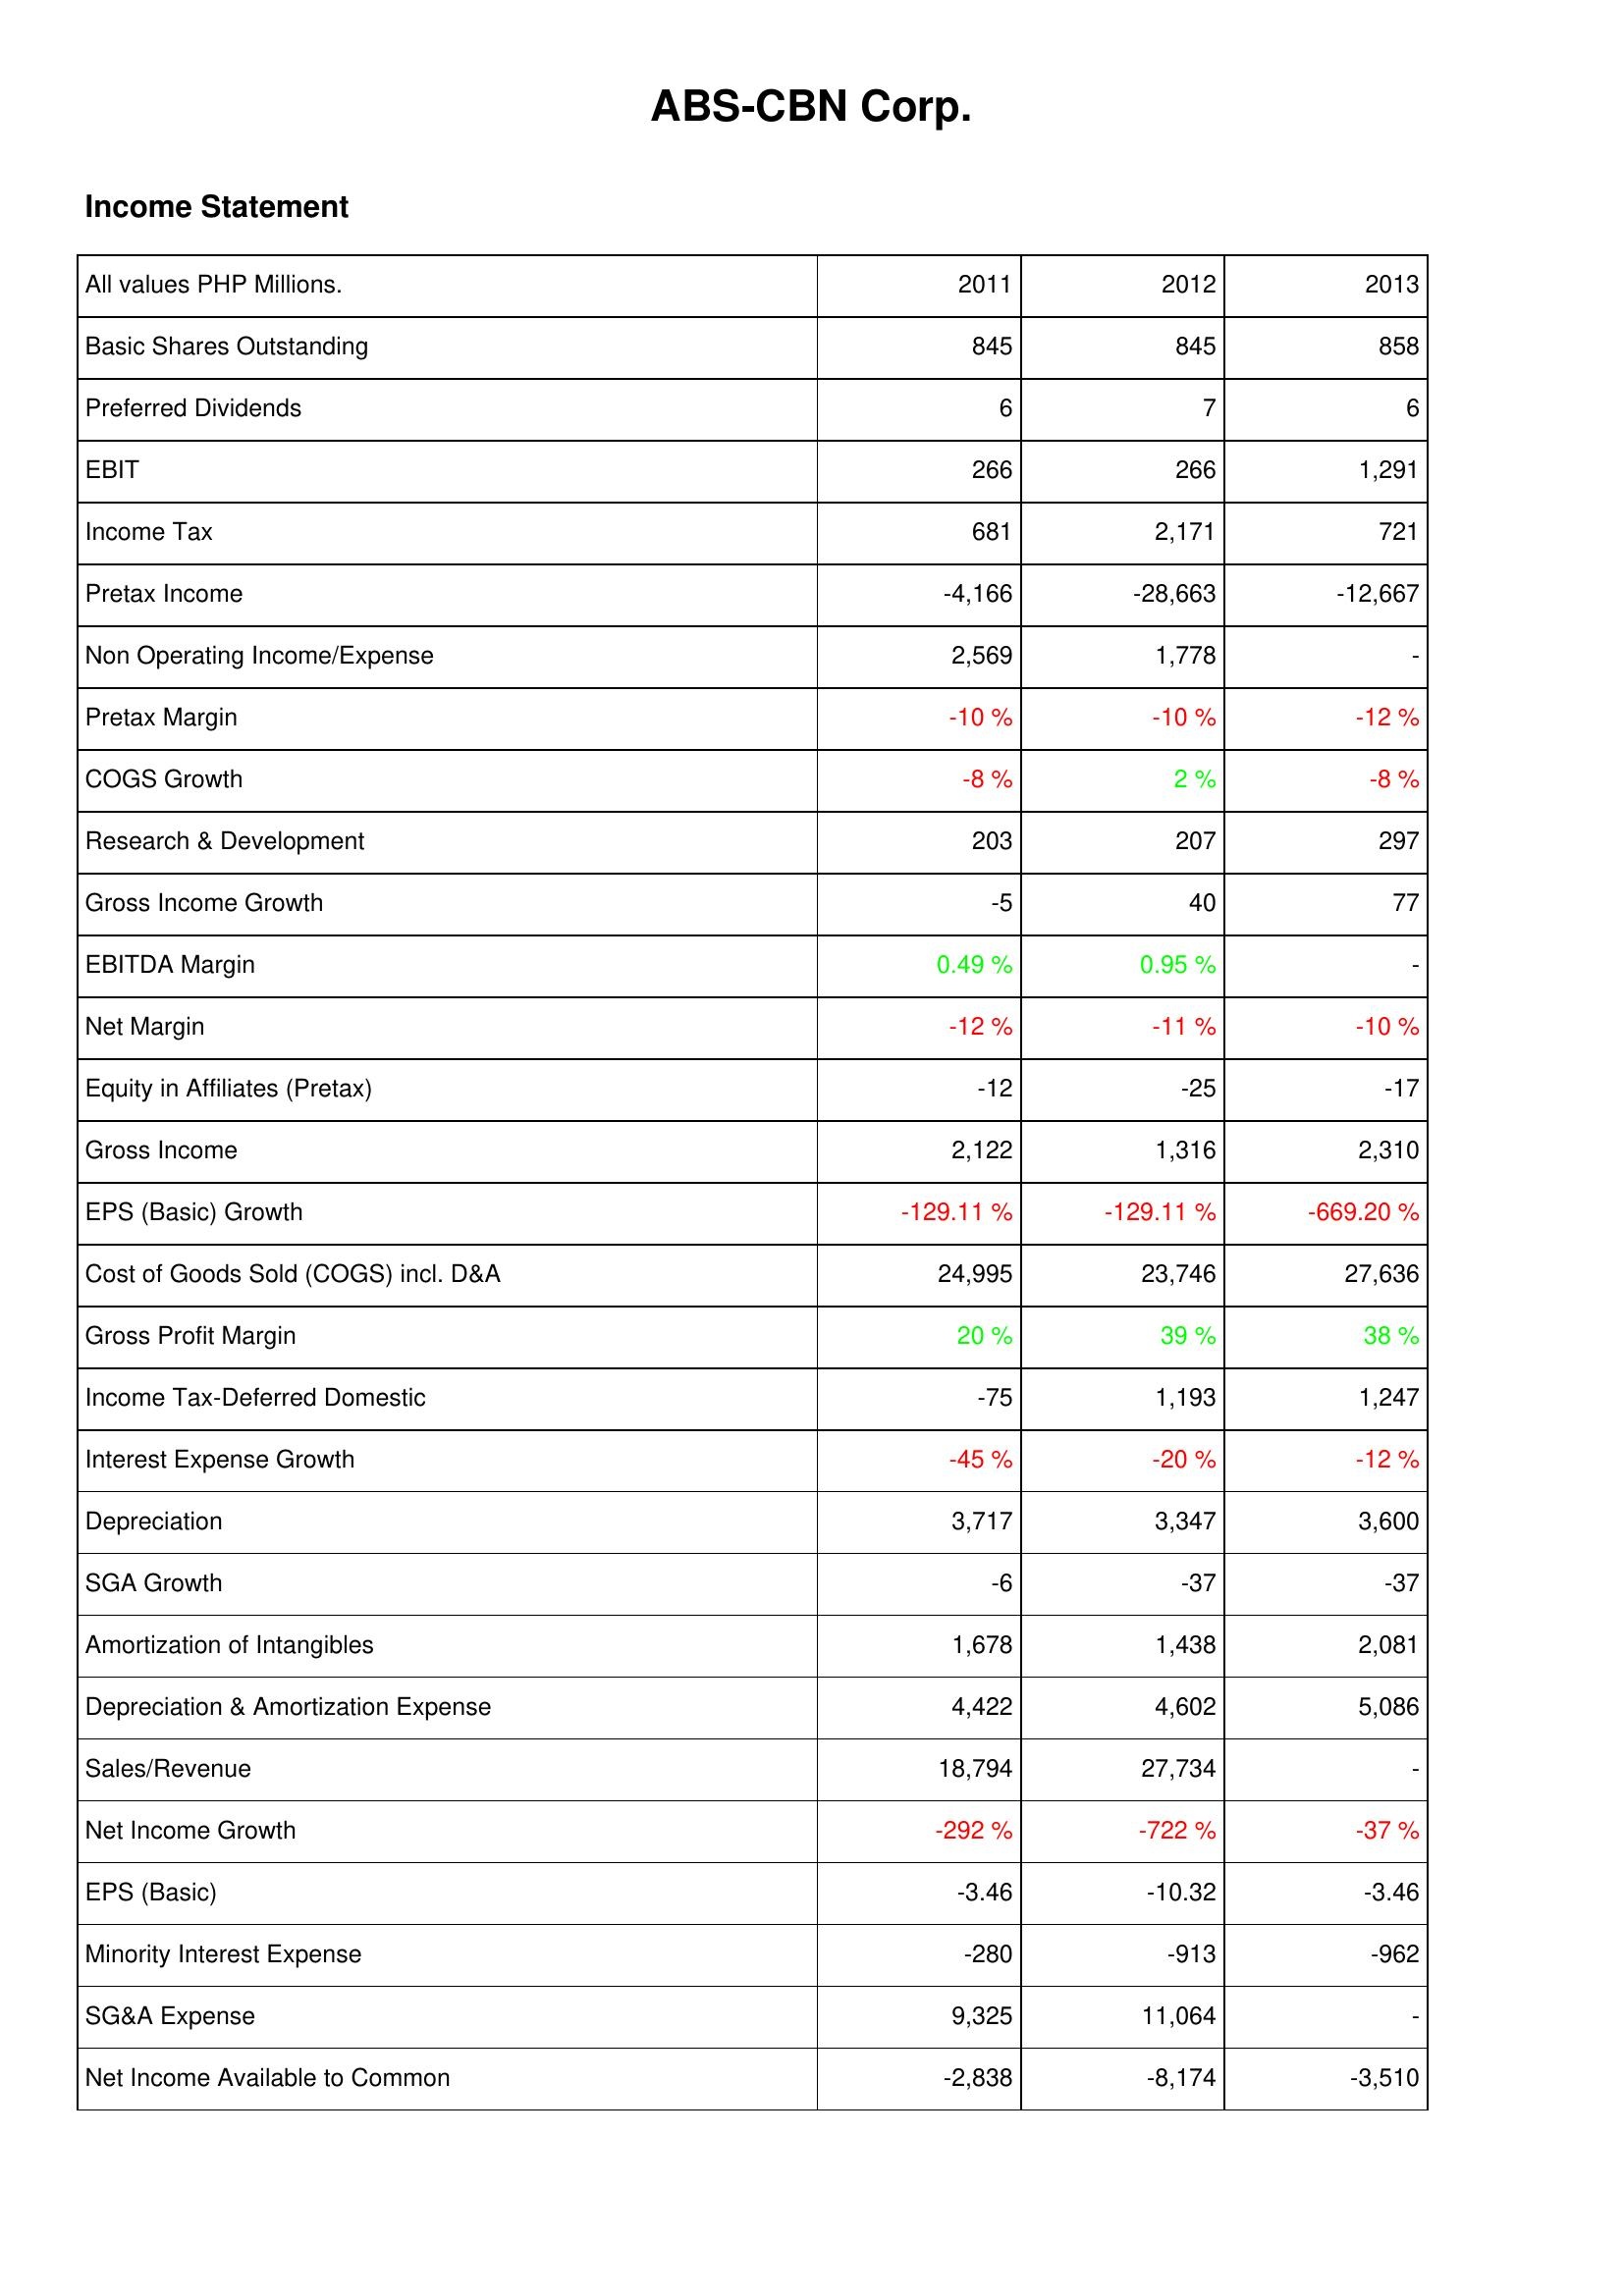
2011: Income Statement: Basic Shares Outstanding: 845
Preferred Dividends: 6
EBIT: 266
Income Tax: 681
Pretax Income: -4,166
Non Operating Income/Expense: 2,569
Pretax Margin: -10 %
COGS Growth: -8 %
Research & Development: 203
Gross Income Growth: -5
EBITDA Margin: 0.49 %
Net Margin: -12 %
Equity in Affiliates (Pretax): -12
Gross Income: 2,122
EPS (Basic) Growth: -129.11 %
Cost of Goods Sold (COGS) incl. D&A: 24,995
Gross Profit Margin: 20 %
Income Tax-Deferred Domestic: -75
Interest Expense Growth: -45 %
Depreciation: 3,717
SGA Growth: -6
Amortization of Intangibles: 1,678
Depreciation & Amortization Expense: 4,422
Sales/Revenue: 18,794
Net Income Growth: -292 %
EPS (Basic): -3.46
Minority Interest Expense: -280
SG&A Expense: 9,325
Net Income Available to Common: -2,838
2012: Income Statement: Basic Shares Outstanding: 845
Preferred Dividends: 7
EBIT: 266
Income Tax: 2,171
Pretax Income: -28,663
Non Operating Income/Expense: 1,778
Pretax Margin: -10 %
COGS Growth: 2 %
Research & Development: 207
Gross Income Growth: 40
EBITDA Margin: 0.95 %
Net Margin: -11 %
Equity in Affiliates (Pretax): -25
Gross Income: 1,316
EPS (Basic) Growth: -129.11 %
Cost of Goods Sold (COGS) incl. D&A: 23,746
Gross Profit Margin: 39 %
Income Tax-Deferred Domestic: 1,193
Interest Expense Growth: -20 %
Depreciation: 3,347
SGA Growth: -37
Amortization of Intangibles: 1,438
Depreciation & Amortization Expense: 4,602
Sales/Revenue: 27,734
Net Income Growth: -722 %
EPS (Basic): -10.32
Minority Interest Expense: -913
SG&A Expense: 11,064
Net Income Available to Common: -8,174
2013: Income Statement: Basic Shares Outstanding: 858
Preferred Dividends: 6
EBIT: 1,291
Income Tax: 721
Pretax Income: -12,667
Non Operating Income/Expense: -
Pretax Margin: -12 %
COGS Growth: -8 %
Research & Development: 297
Gross Income Growth: 77
EBITDA Margin: -
Net Margin: -10 %
Equity in Affiliates (Pretax): -17
Gross Income: 2,310
EPS (Basic) Growth: -669.20 %
Cost of Goods Sold (COGS) incl. D&A: 27,636
Gross Profit Margin: 38 %
Income Tax-Deferred Domestic: 1,247
Interest Expense Growth: -12 %
Depreciation: 3,600
SGA Growth: -37
Amortization of Intangibles: 2,081
Depreciation & Amortization Expense: 5,086
Sales/Revenue: -
Net Income Growth: -37 %
EPS (Basic): -3.46
Minority Interest Expense: -962
SG&A Expense: -
Net Income Available to Common: -3,510